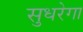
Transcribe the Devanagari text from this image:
सुधरेगा